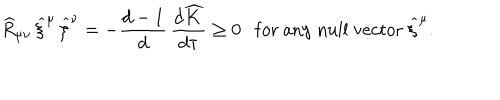
LaTeX: \widehat { R } _ { \mu \nu } \, \widehat { \xi } ^ { \mu } \, \widehat { \xi } ^ { \nu } = - \frac { d - 1 } { d } \, \frac { d \widehat { K } } { d \tau } \ge 0 \mathrm { f o r ~ a n y ~ n u l l ~ v e c t o r } ~ \widehat { \xi } ^ { \mu } .